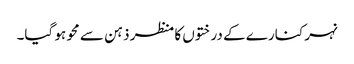
نہر کنارے کے درختوں کا منظر ذہن سے محو ہو گیا۔